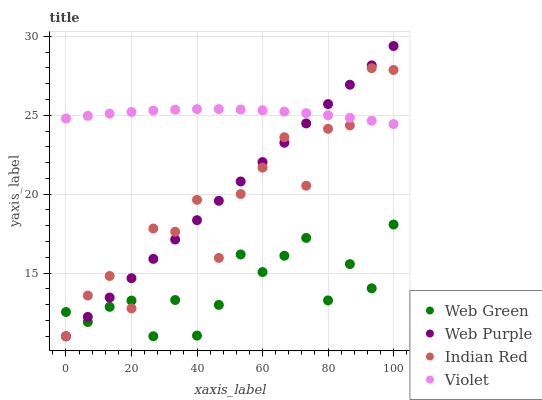
| xaxis_label | Web Green | Web Purple | Indian Red | Violet |
 | --- | --- | --- | --- | --- |
 | 0 | 12.5 | 11 | 11 | 24.8 |
 | 6.67 | 11.9 | 12.2 | 13.6 | 25 |
 | 13.3 | 12.9 | 13.5 | 14.8 | 25.1 |
 | 20 | 13.3 | 14.7 | 12.8 | 25.2 |
 | 26.7 | 11 | 15.9 | 17.8 | 25.3 |
 | 33.3 | 13.3 | 17.1 | 17.6 | 25.4 |
 | 40 | 11 | 18.4 | 19.6 | 25.4 |
 | 46.7 | 13 | 19.6 | 16 | 25.4 |
 | 53.3 | 16.2 | 20.8 | 20 | 25.4 |
 | 60 | 15.1 | 22 | 21.7 | 25.3 |
 | 66.7 | 16.1 | 23.3 | 23.6 | 25.2 |
 | 73.3 | 17.2 | 24.5 | 20.5 | 25.1 |
 | 80 | 13.3 | 25.7 | 24.1 | 25 |
 | 86.7 | 15.6 | 26.9 | 24.4 | 24.8 |
 | 93.3 | 14 | 28.2 | 28 | 24.7 |
 | 100 | 18.1 | 29.4 | 27.9 | 24.4 |